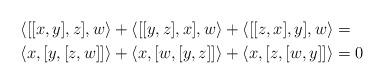
LaTeX: \begin{align*}&\langle [[x,y],z],w\rangle+\langle [[y,z],x],w\rangle+\langle [[z,x],y],w\rangle=\\&\langle x,[y,[z,w]]\rangle +\langle x,[w,[y,z]]\rangle+\langle x,[z,[w,y]]\rangle=0\end{align*}